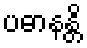
ပဓာနန္တိ